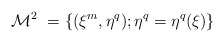
\begin{align*}{\cal M}^{2}~ = \{ (\xi^{m}, \eta^q); \eta^q = \eta^q(\xi) \}\end{align*}